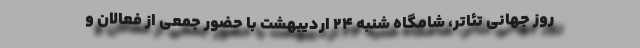
روز جهانی تئاتر، شامگاه شنبه ۲۴ اردیبهشت با حضور جمعی از فعالان و